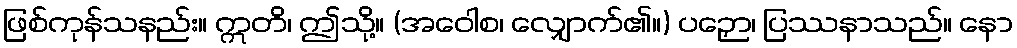
ဖြစ်ကုန်သနည်း။ ဣတိ၊ ဤသို့။ (အဝေါစ၊ လျှောက်၏။) ပဉှော၊ ပြဿနာသည်။ နော